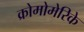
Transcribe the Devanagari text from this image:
क्रोमोमेरिके